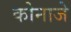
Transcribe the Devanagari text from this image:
कोनाजे